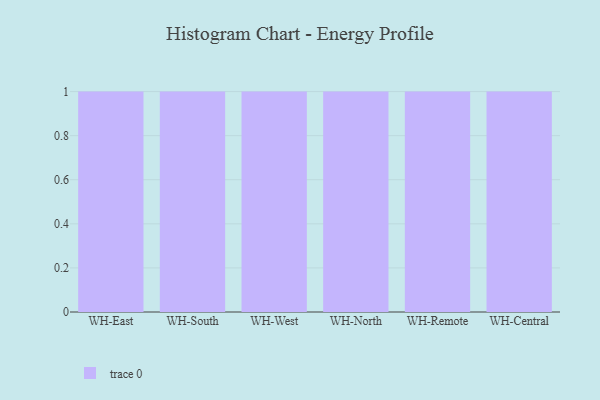
{"axis": {"x": "Warehouse", "y": "Latency (ms)"}, "legend": [""], "data": [{"x": "WH-East", "y": 57, "type": ""}, {"x": "WH-South", "y": 59, "type": ""}, {"x": "WH-West", "y": 68, "type": ""}, {"x": "WH-North", "y": 99, "type": ""}, {"x": "WH-Remote", "y": 78, "type": ""}, {"x": "WH-Central", "y": 72, "type": ""}]}